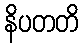
နိပတတိ